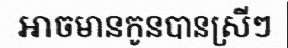
អាចមានកូនបានស្រីៗ